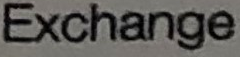
Exchange